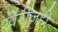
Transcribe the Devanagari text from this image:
खेरीजही